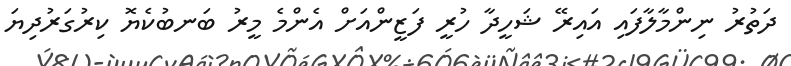
ދަތުރު ނިންމާލާފައި އައިރޭ ޝަހީދާ ހުރީ ފަޒީންއަށް އެންމެ މީރު ބަނބުކެޔޮ ކިރުގަރުދިޔަ